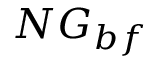
N G _ { b f }